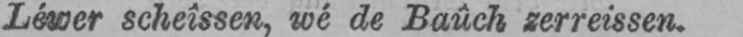
Léwer scheîssen, wé de Baûch zerreissen.